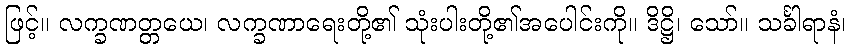
ဖြင့်။ လက္ခဏတ္တယေ၊ လက္ခဏာရေးတို့၏ သုံးပါးတို့၏အပေါင်းကို။ ဒိဋ္ဌိ၊ သော်။ သင်္ခါရာနံ၊